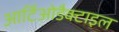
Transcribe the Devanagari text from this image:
आर्टिओडैक्टाइल